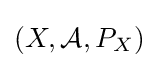
(X,{\mathcal {A}},P_{X})